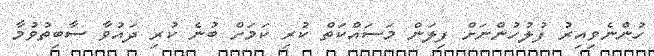
ހުންނެވިއިރު ފުލުހުންނަށް ފިލަން މަސައްކަތް ކުރި ކަމަށް ބުނެ ކުރި ދައުވާ ސާބިތުވުމާ